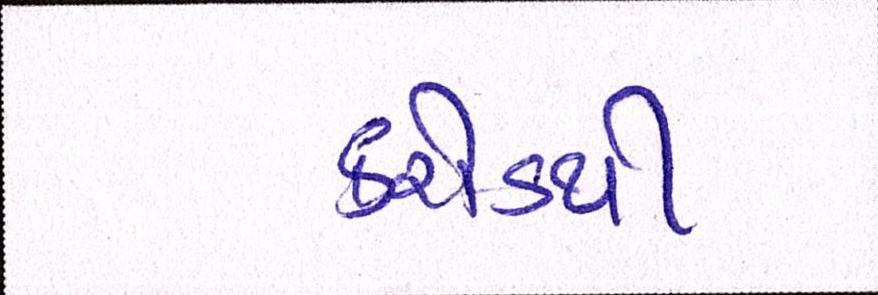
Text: કરોડથી